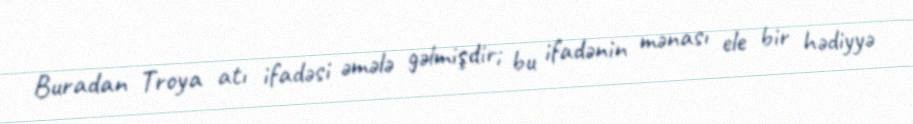
Buradan Troya atı ifadəsi əmələ gəlmişdir; bu ifadənin mənası ele bir hədiyyə